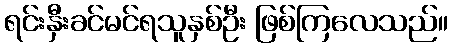
ရင်းနှီးခင်မင်ရသူနှစ်ဦး ဖြစ်ကြလေသည်။